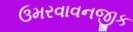
ઉમરવાવનજીક